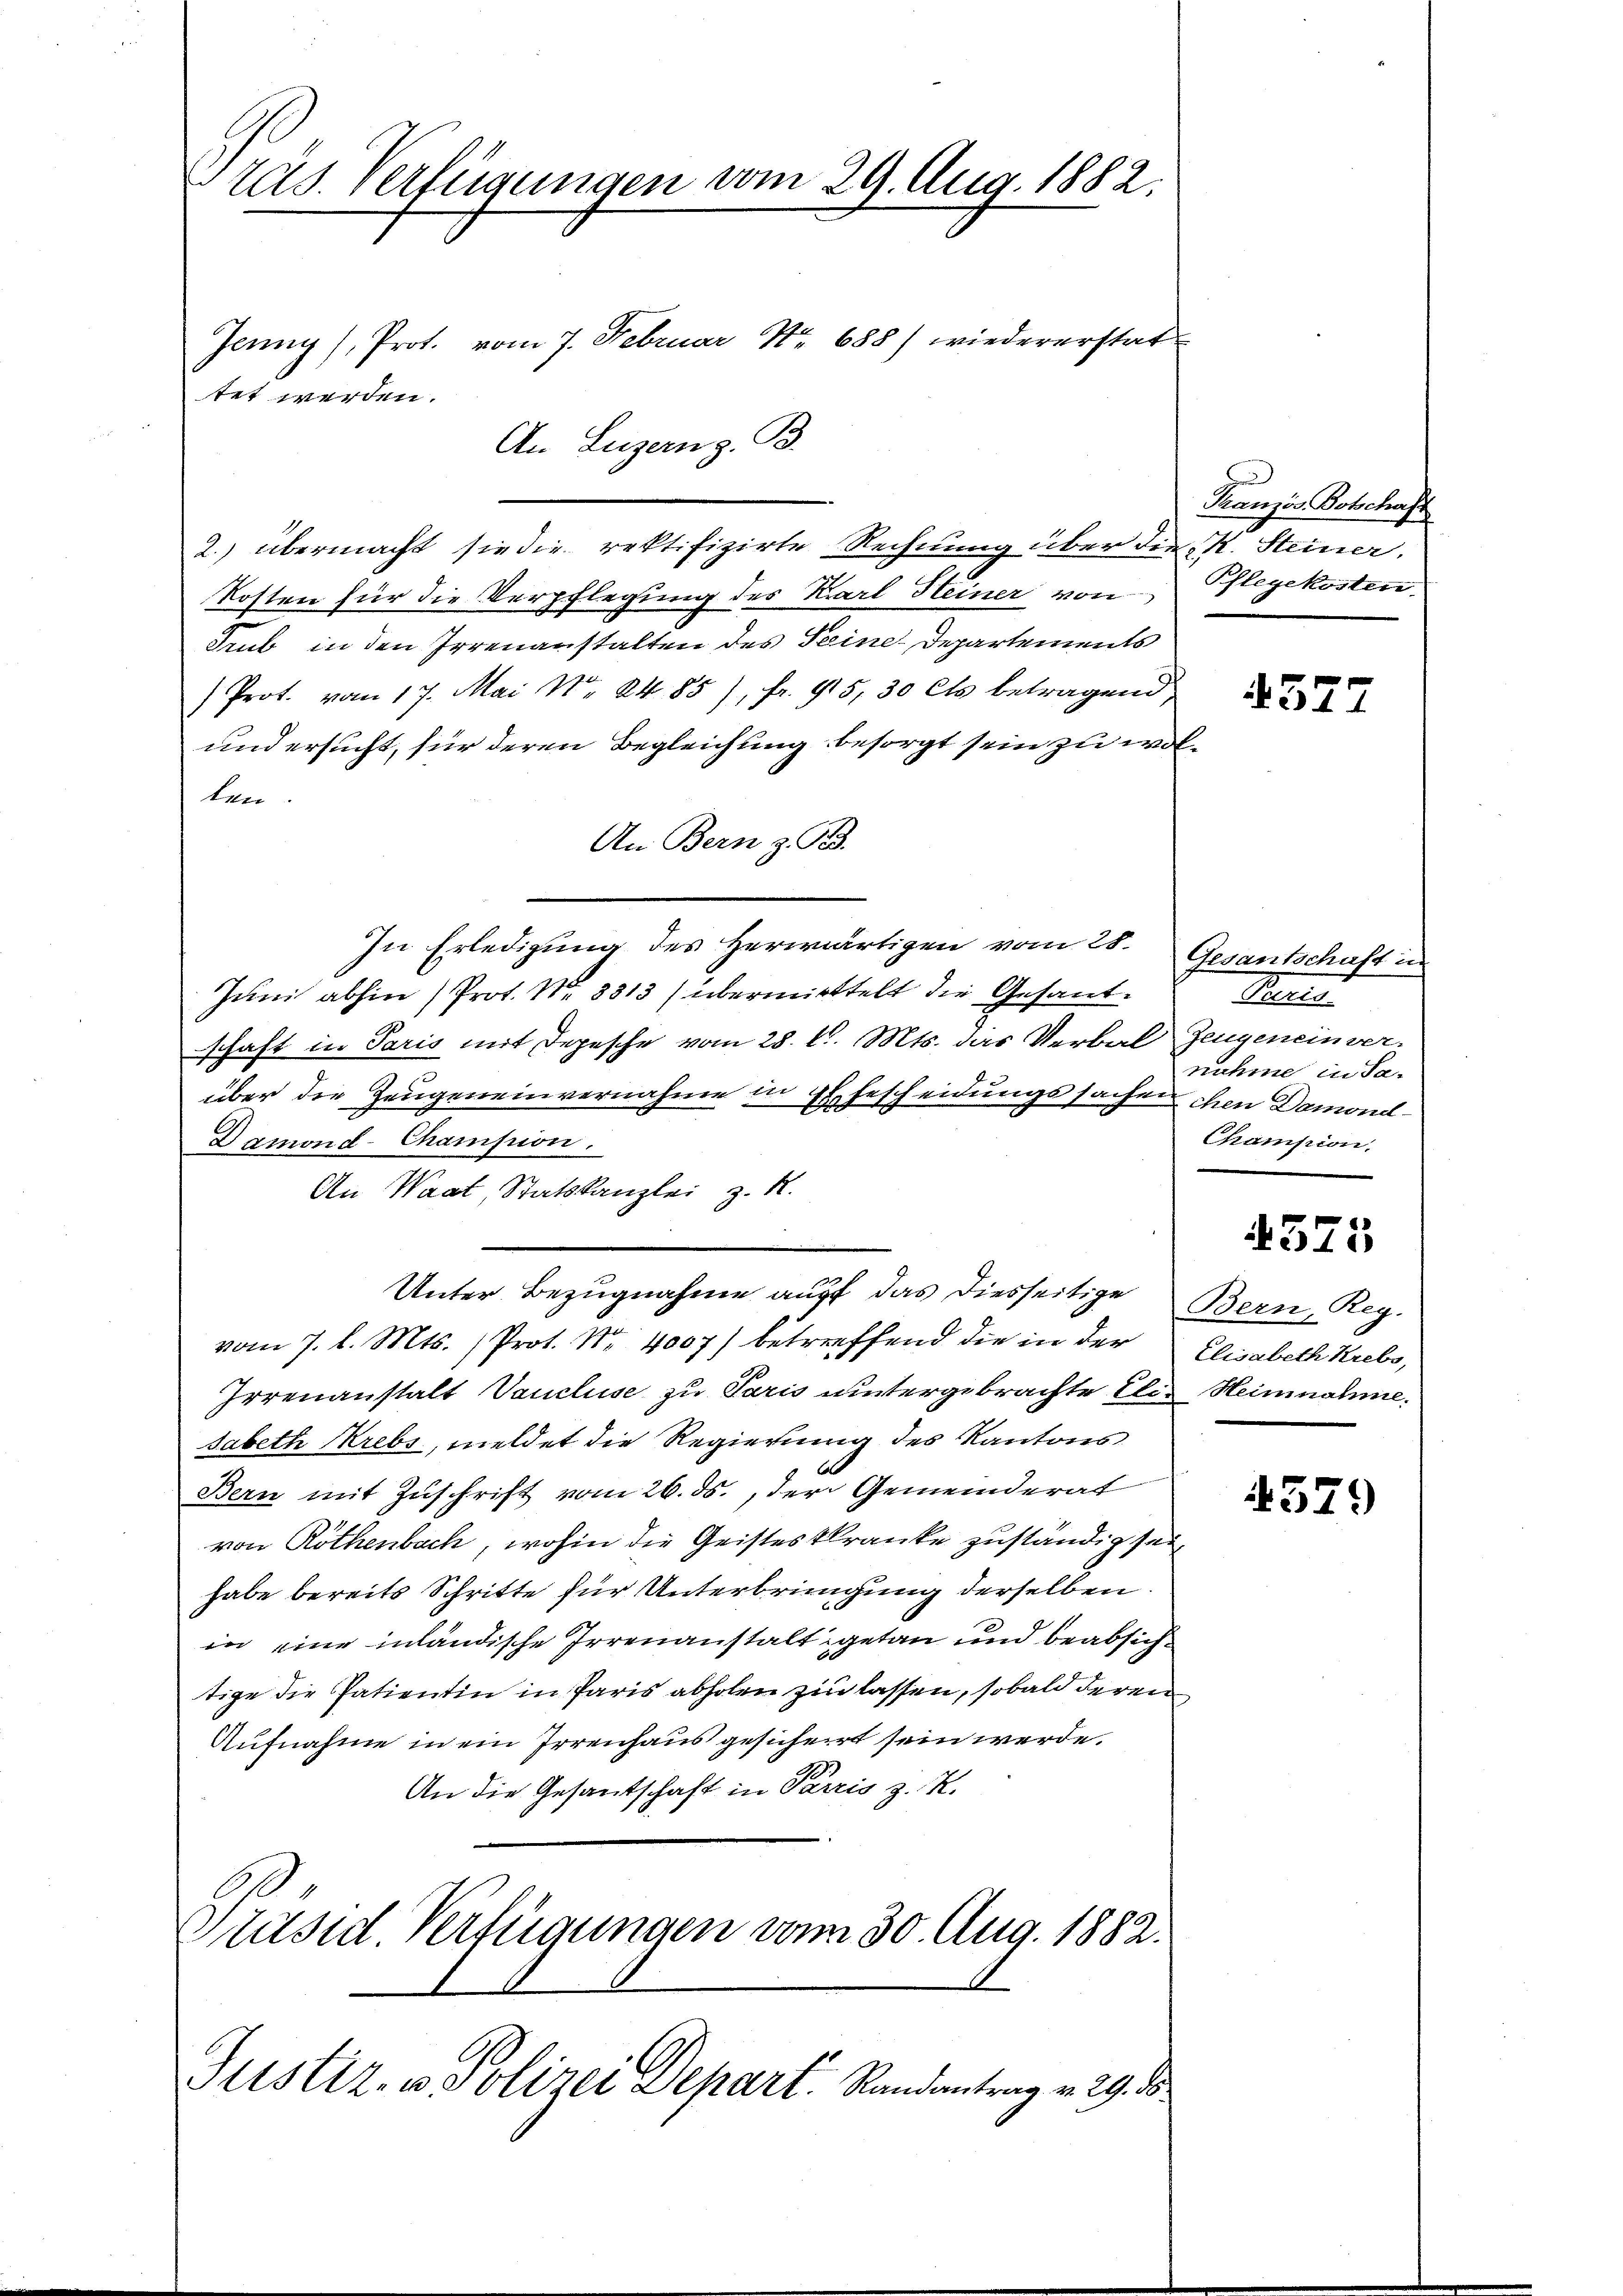
ras. Verfügungen vom 29. Aug. 1882.
Jenny, Prot. vom 7. Februar Nr. 688) wiedererstat
tet werden.

2.) übermacht sie die rektifizirte Rechnung über die K. Steiner.
Kosten für die Verpflegung des Karl Heiner von
Trub in den Irrenanstalten des Seine Departements
Prot. vom 17. Mai No 8485), fr. 95, 30 Cts betragend
und ersucht, für deren Begleichung besorgt sein zu wolben
An Bern z. Ges.
In Erledigung des Herwärtigen vom 28. Gesantschaft in
Juni abhin (Prot. Nr. 8813) übermittelt die Gesandschaft in Paris mit Depesche vom 28. d. Mts. das Verbal Zeugeneinver-
über die Zeugeneinvernahme in Ehescheidungssachen chen Demond-
Damond-Champion.
An Waat, Statskanzlei z. R.
Unter Bezugnahme auff das diesseitige
vom 7. d. Mts. Prot. Nr. 4007) betreffend die in der
Irrenanstalt Voncluse zu Paris untergebrachte Elie Heinnahme,
sabeth Krebs, meldet die Regierung des Kantons
Bern mit Zuschrift vom 26. ds., der Gemeinderat
von Röthenbach, wohin die Geisteskranke zuständig sei
habe bereits Schritte für Unterbringung derselben
in eine inländische Irrenanstalt getan und beabsichtige die Patientin in Paris abholen zu lassen, sobald deren
Aufnahme in ein Irrenhaus gesichert sein werde.
An die Gesantschaft in Parzis z. K.
1.
Präsid. Verfügungen vom 30. Aug. 1882.

An Luzern z. B.

Justiz- & Polizei Depart. Randantrag v. 29. d

Kranzös. Botschaft
Pflegekosten.

527

Berts
nuhme in Sa¬
Champion.

4575

Bern, Reg.
Elisabeth Krebs,

579